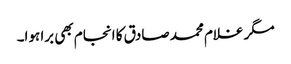
مگر غلام محمد صادق کا انجام بھی برا ہوا۔